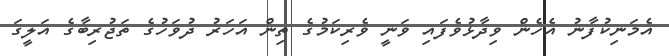
އެމަނިކުފާނު އެހެން ވިދާޅުވެފައި ވަނީ ވެރިކަމުގެ ތިން އަހަރު ދުވަހުގެ ތަޖުރިބާގެ އަލީގަ